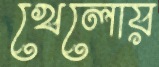
খেলোয়